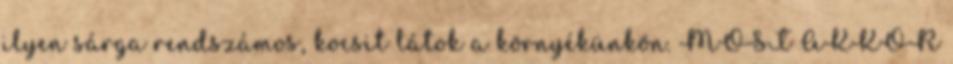
ilyen sárga rendszámos, kocsit látok a környékünkön. MOST AKKOR